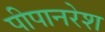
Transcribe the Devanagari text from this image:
पीपानरेश